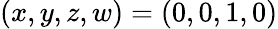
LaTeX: (x,y,z,w)=(0,0,1,0)